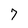
Character: 7